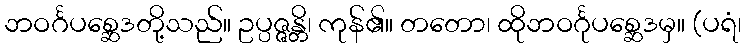
ဘဝင်္ဂပစ္ဆေဒတို့သည်။ ဥပ္ပဇ္ဇန္တိ၊ ကုန်၏။ တတော၊ ထိုဘဝင်္ဂုပစ္ဆေဒမှ။ (ပရံ၊